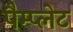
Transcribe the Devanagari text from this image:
पैम्प्लेट